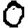
Digit: 0